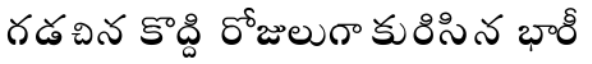
గడచిన కొద్ది రోజులుగా కురిసిన భారీ